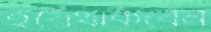
হয়েথাকবেন